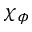
\chi _ { \phi }